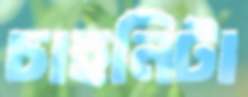
চাহনিটা